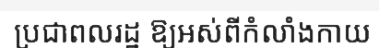
ប្រជាពលរដ្ឋ ឱ្យអស់ពីកំលាំងកាយ